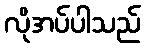
လိုအပ်ပါသည်